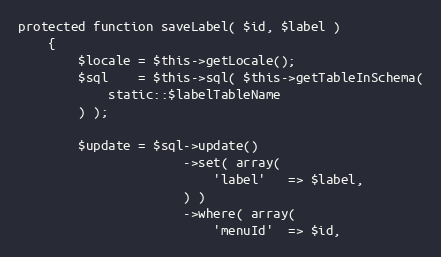
Language: PHP
protected function saveLabel( $id, $label )
    {
        $locale = $this->getLocale();
        $sql    = $this->sql( $this->getTableInSchema(
            static::$labelTableName
        ) );

        $update = $sql->update()
                      ->set( array(
                          'label'   => $label,
                      ) )
                      ->where( array(
                          'menuId'  => $id,